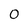
Character: 0